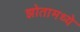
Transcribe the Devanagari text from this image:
झोतामध्ये